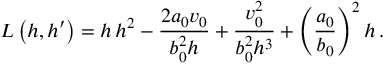
L \left( h , h ^ { \prime } \right) = h \, h ^ { 2 } - \frac { 2 a _ { 0 } v _ { 0 } } { b _ { 0 } ^ { 2 } h } + \frac { v _ { 0 } ^ { 2 } } { b _ { 0 } ^ { 2 } h ^ { 3 } } + \left( \frac { a _ { 0 } } { b _ { 0 } } \right) ^ { 2 } h \, .